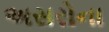
અસરોના